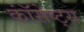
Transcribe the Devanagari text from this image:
कॉंसेप्ट्स